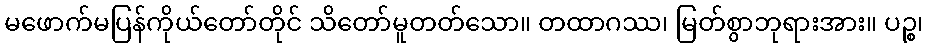
မဖောက်မပြန်ကိုယ်တော်တိုင် သိတော်မူတတ်သော။ တထာဂဿ၊ မြတ်စွာဘုရားအား။ ပဉ္စ၊